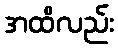
အထိလည်း